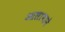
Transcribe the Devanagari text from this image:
आलापाने